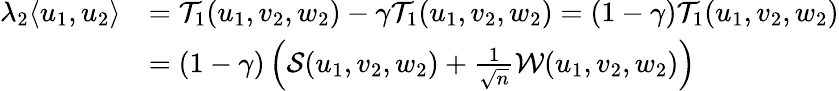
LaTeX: \begin{array}{rl}{\lambda_{2}\langle u_{1},u_{2}\rangle}&{={\mathcal{T}}_{1}(u_{1},v_{2},w_{2})-{\gamma}{\mathcal{T}}_{1}(u_{1},v_{2},w_{2})=(1-{\gamma}){\mathcal{T}}_{1}(u_{1},v_{2},w_{2})}\\ &{=(1-{\gamma})\left({\mathcal{S}}(u_{1},v_{2},w_{2})+\frac{1}{\sqrt n}{\mathcal{W}}(u_{1},v_{2},w_{2})\right)}\end{array}